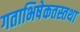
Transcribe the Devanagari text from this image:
गताभिषेकतस्तथा